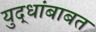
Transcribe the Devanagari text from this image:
युद्धांबाबत